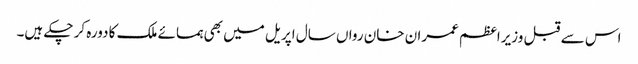
اس سے قبل وزیراعظم عمران خان رواں سال اپریل میں بھی ہمسائے ملک کا دورہ کر چکے ہیں۔